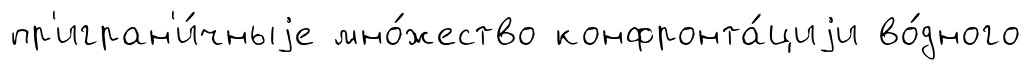
пр'игран'и́чныjе мно́жество конфронта́циjи во́дного